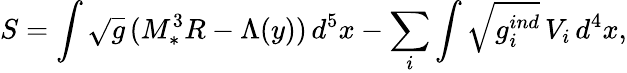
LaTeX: S=\int\sqrt{g}\, (M_{*}^{3}R-\Lambda(y))\, d^{5}x-\sum_{i}\int\sqrt{g_{i}^{ind}}\, V_{i}\, d^{4}x,